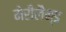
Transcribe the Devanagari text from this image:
मेरीलैन्ड